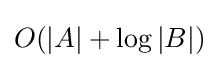
O(|A|+\log |B|)